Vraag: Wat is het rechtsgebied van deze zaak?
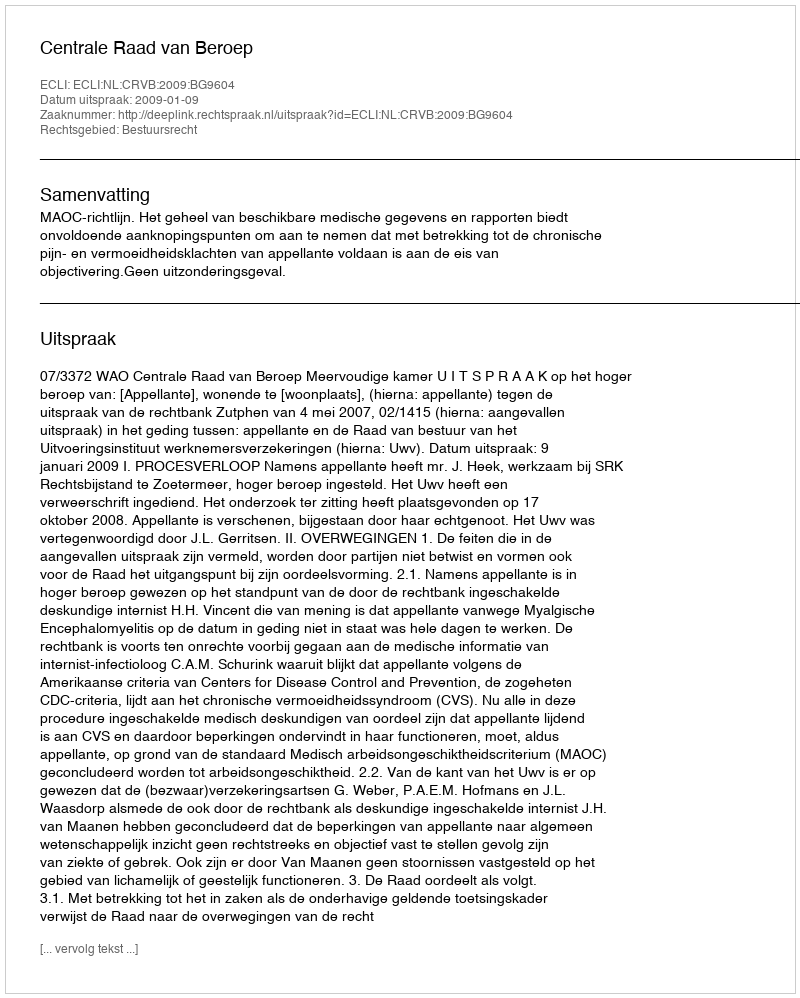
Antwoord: Bestuursrecht